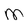
Character: m